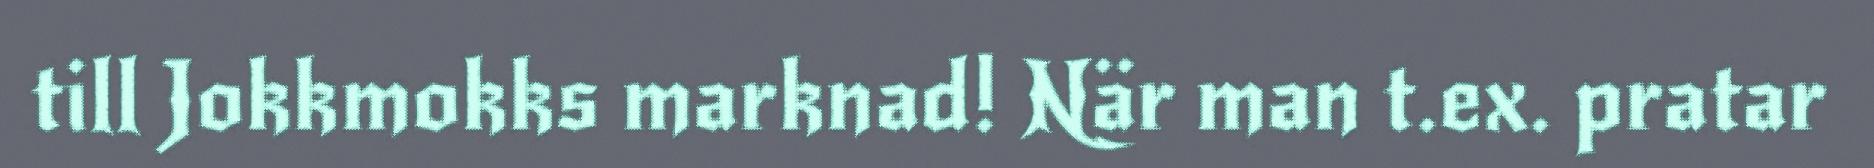
till Jokkmokks marknad! När man t.ex. pratar